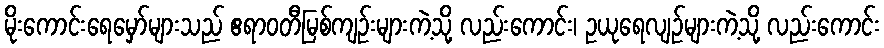
မိုးကောင်းရေမှော်များသည် ဧရာဝတီမြစ်ကျဉ်းများကဲ့သို့ လည်းကောင်း၊ ဥယုရေလျဉ်များကဲ့သို့ လည်းကောင်း